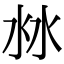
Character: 沝